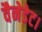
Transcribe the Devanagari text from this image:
वैनेडेट।